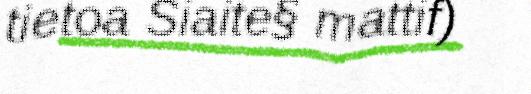
tietoa Siaite§ mattif)